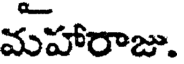
మహారాజు.